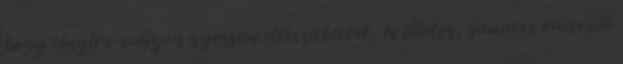
hogy tényleg nagyon gyorsan elkészíthetőek, és illatos, zamatos vacsorát